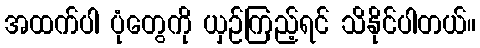
အထက်ပါ ပုံတွေကို ယှဉ်ကြည့်ရင် သိနိုင်ပါတယ်။